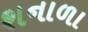
શનાળા